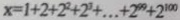
x = 1 + 2 + 2 ^ { 2 } + 2 ^ { 3 } + \cdots + 2 ^ { 9 9 } + 2 ^ { 1 0 0 }